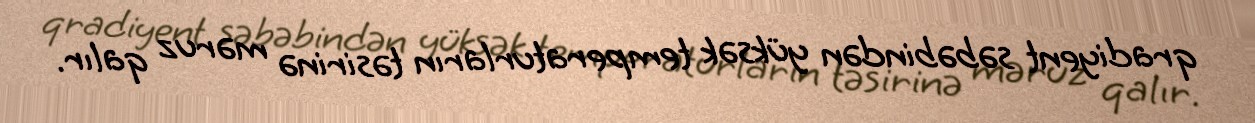
qradiyent səbəbindən yüksək temperaturların təsirinə məruz qalır.